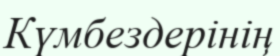
Күмбездерінің